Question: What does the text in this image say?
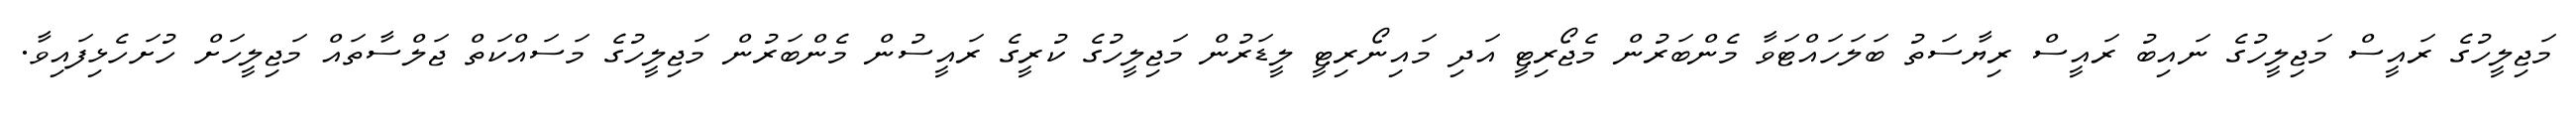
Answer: މަޖިލީހުގެ ރައީސް މަޖިލީހުގެ ނައިބު ރައީސް ރިޔާސަތު ބަލަހައްޓަވާ މެންބަރުން މެޖޯރިޓީ އަދި މައިނޯރިޓީ ލީޑަރުން މަޖިލީހުގެ ކުރީގެ ރައީސުން މެންބަރުން މަޖިލީހުގެ މަސައްކަތް ޖަލްސާތައް މަޖިލީހަށް ހުށަހެޅިފައިވާ.